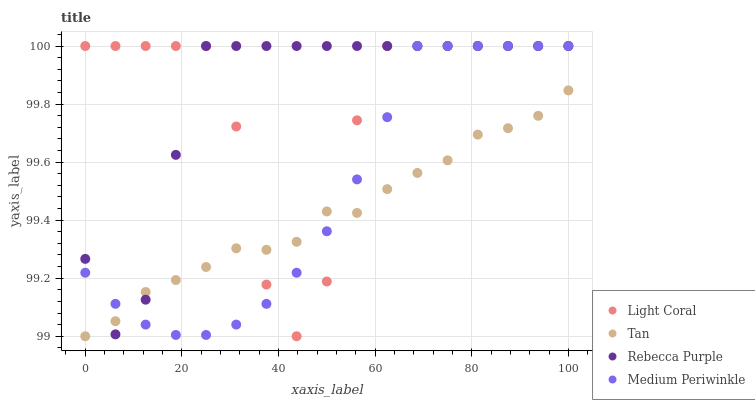
| xaxis_label | Light Coral | Tan | Rebecca Purple | Medium Periwinkle |
 | --- | --- | --- | --- | --- |
 | 0 | 100 | 99 | 99.3 | 99.2 |
 | 6.25 | 100 | 99.1 | 99 | 99.1 |
 | 12.5 | 100 | 99.2 | 99.1 | 99 |
 | 18.8 | 100 | 99.2 | 99.6 | 99 |
 | 25 | 100 | 99.2 | 100 | 99 |
 | 31.2 | 99.7 | 99.3 | 100 | 99 |
 | 37.5 | 99.2 | 99.3 | 100 | 99.1 |
 | 43.8 | 99 | 99.3 | 100 | 99.2 |
 | 50 | 99.2 | 99.4 | 100 | 99.4 |
 | 56.2 | 99.7 | 99.4 | 100 | 99.5 |
 | 62.5 | 100 | 99.5 | 100 | 99.8 |
 | 68.8 | 100 | 99.6 | 100 | 100 |
 | 75 | 100 | 99.6 | 100 | 100 |
 | 81.2 | 100 | 99.7 | 100 | 100 |
 | 87.5 | 100 | 99.7 | 100 | 100 |
 | 93.8 | 100 | 99.8 | 100 | 100 |
 | 100 | 100 | 99.8 | 100 | 100 |